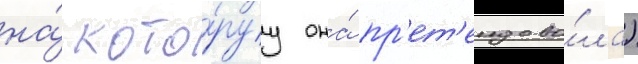
на́ кото́руу она́ пр'ет'ендова́ла)